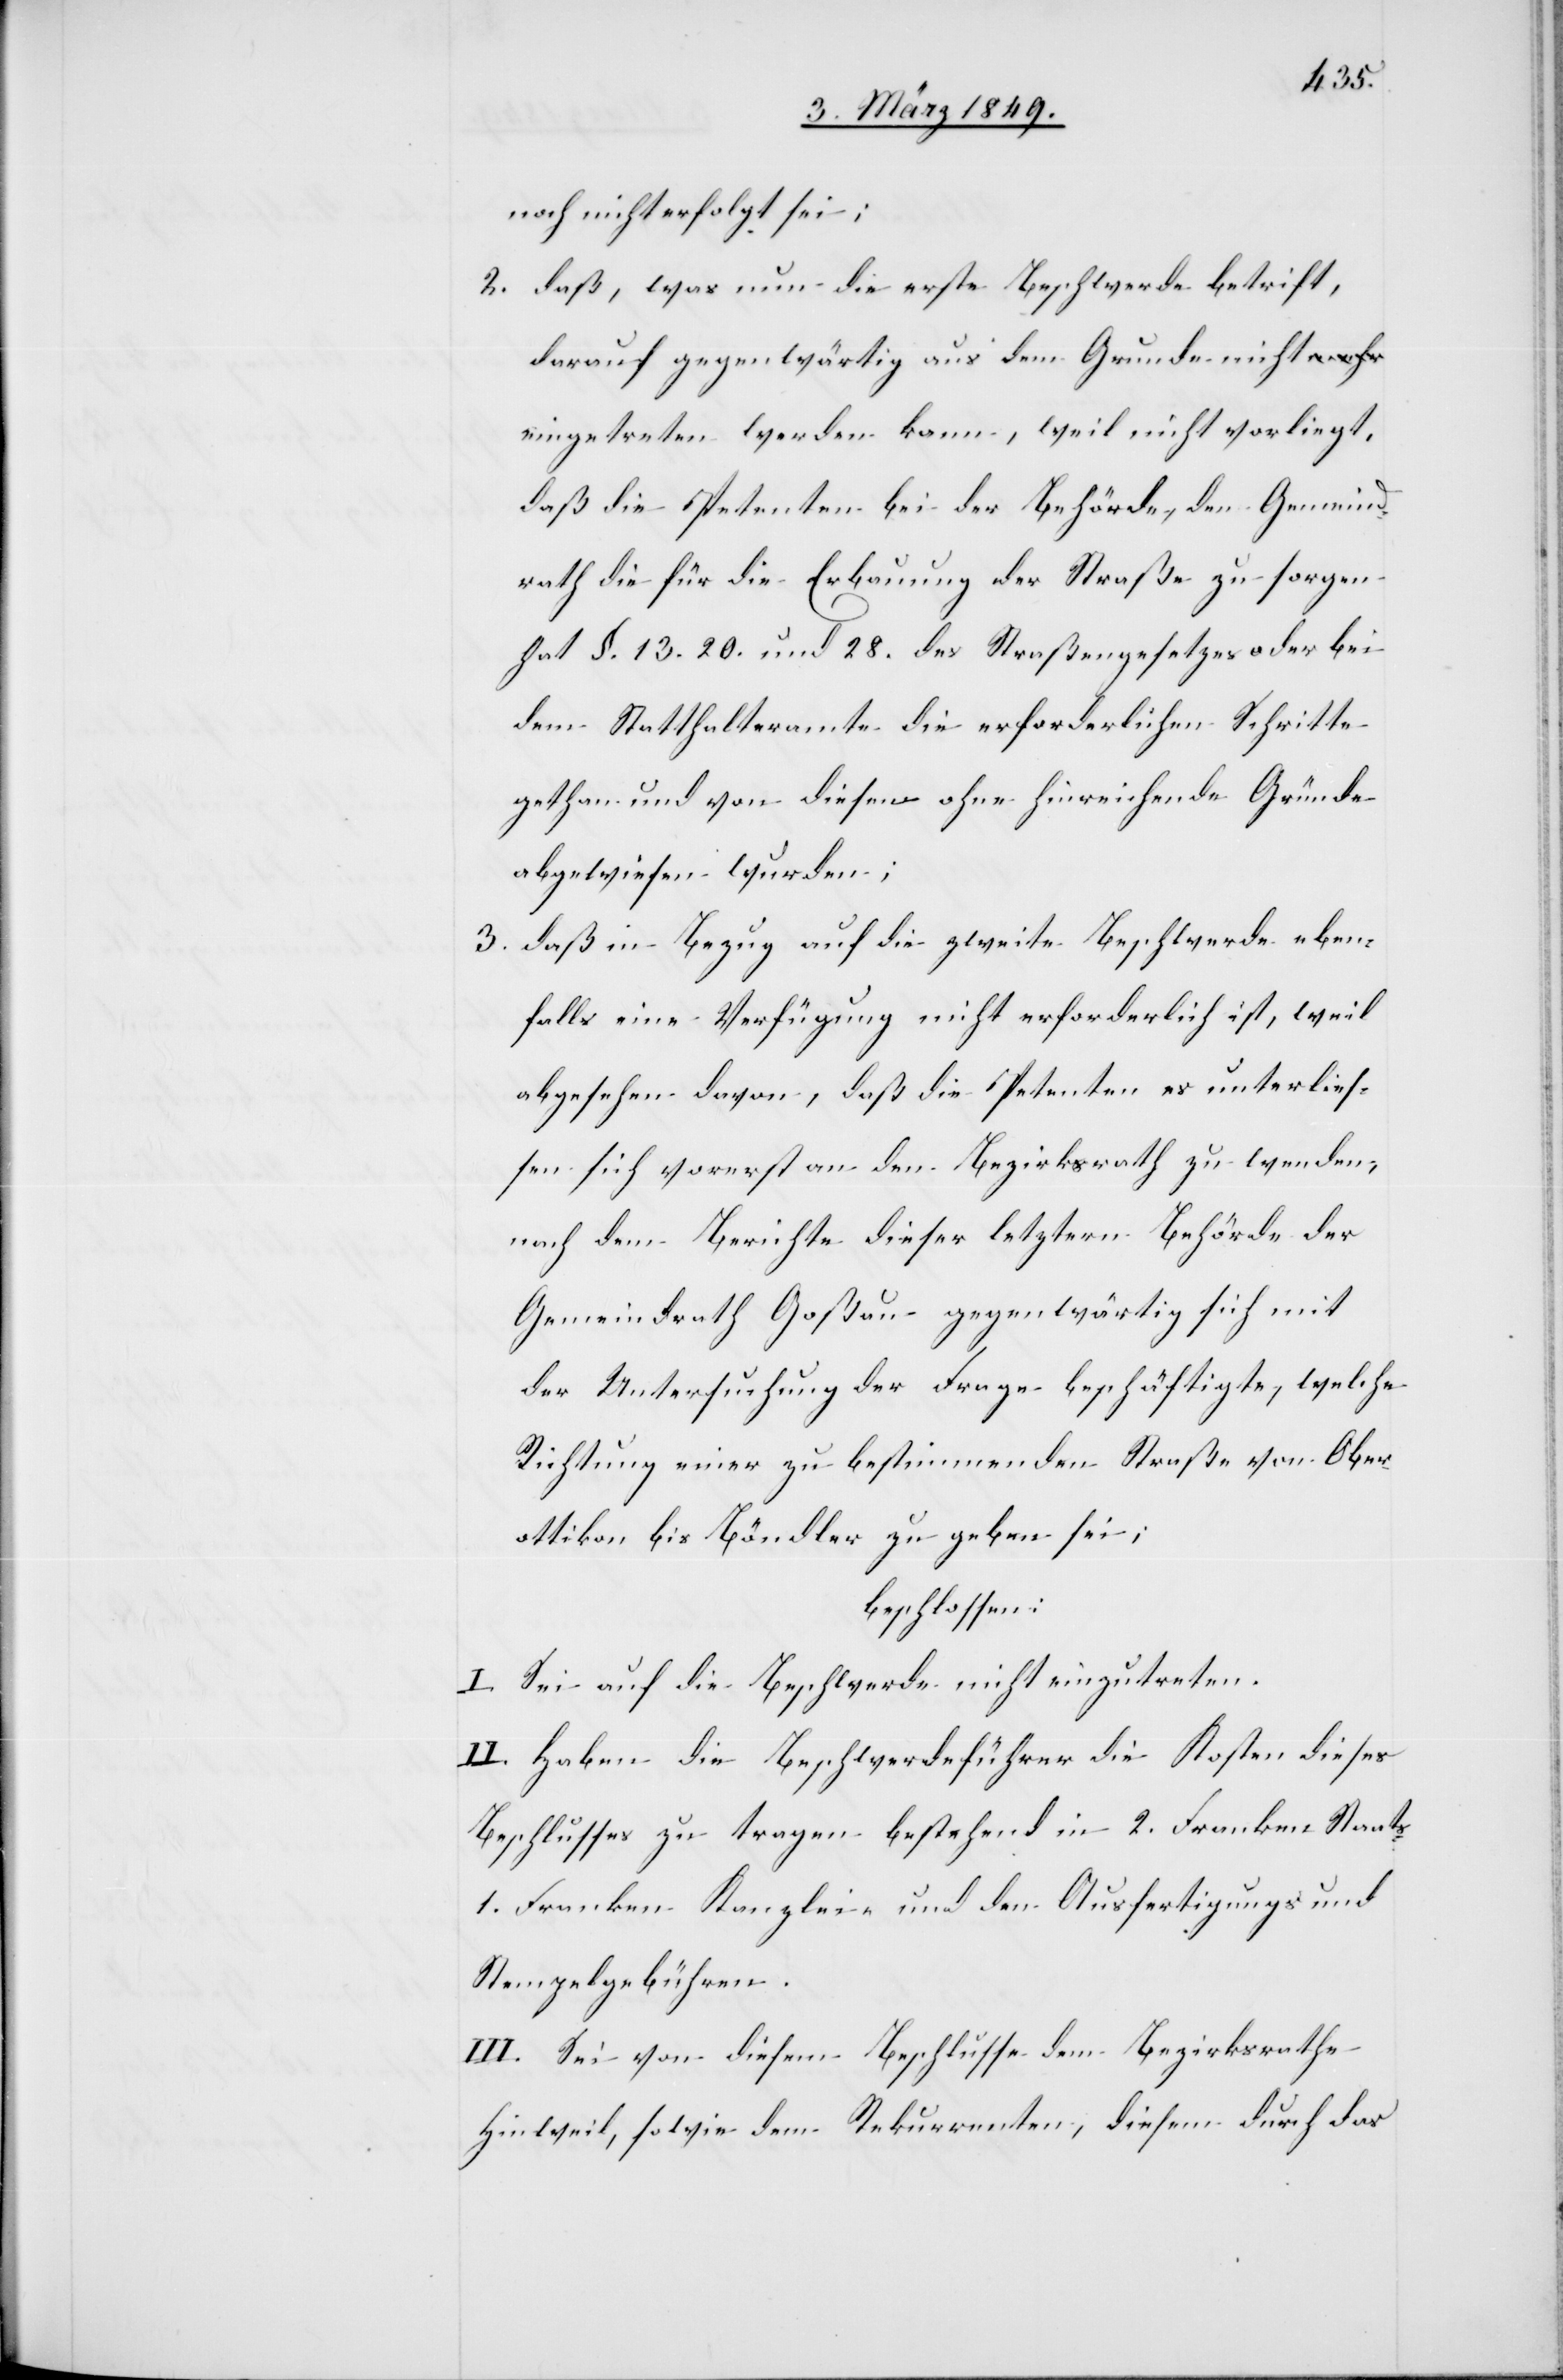
noch nicht erfolgt sei;
2. daß, was nun die erste Beschwerde betrift,
darauf gegenwärtig aus dem Grunde nicht
eingetreten werden kann, weil nicht vorliegt,
daß die Petenten bei der Behörde, den [sic!] Gemeind¬
rath die für die Erbauung der Straße zu sorgen
hat §. 13. 20. und 28. des Straßengesetzes oder bei
dem Statthalteramte die erforderlichen Schritte
gethan und von diese[?n] ohne hinreichende Gründe
abgewiesen wurden;
3. daß in Bezug auf die zweite Beschwerde eben¬
falls eine Verfügung nicht erforderlich ist, weil
abgesehen davon, daß die Petenten es unterlies¬
sen sich vorerst an den Bezirksrath zu wenden,
nach dem Berichte dieser letztern Behörde der
Gemeindrath Goßau gegenwärtig sich mit
der Untersuchung der Frage beschäftigte, welche
Richtung einer zu bestimmenden Straße von Ober¬
ottikon bis Böndler zu geben sei;
beschlossen:
I. Sei auf die Beschwerde nicht einzutreten.
II. Haben die Beschwerdeführer die Kosten dieses
Beschlusses zu tragen bestehend in 2. Franken Staats-
1. Franken Kanzlei- und den Ausfertigungs und
Stempelgebühren.
III. Sei von diesem Beschlusse dem Bezirksrathe
Hinweil, sowie dem Rekurrenten, diesem durch das